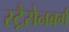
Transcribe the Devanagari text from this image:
स्ट्रैसेनबर्ग